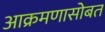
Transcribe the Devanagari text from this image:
आक्रमणासोबत